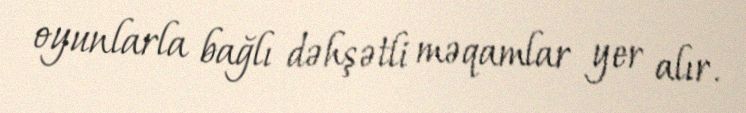
oyunlarla bağlı dəhşətli məqamlar yer alır.